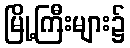
မြို့ကြီးများ၌